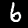
Digit: 6